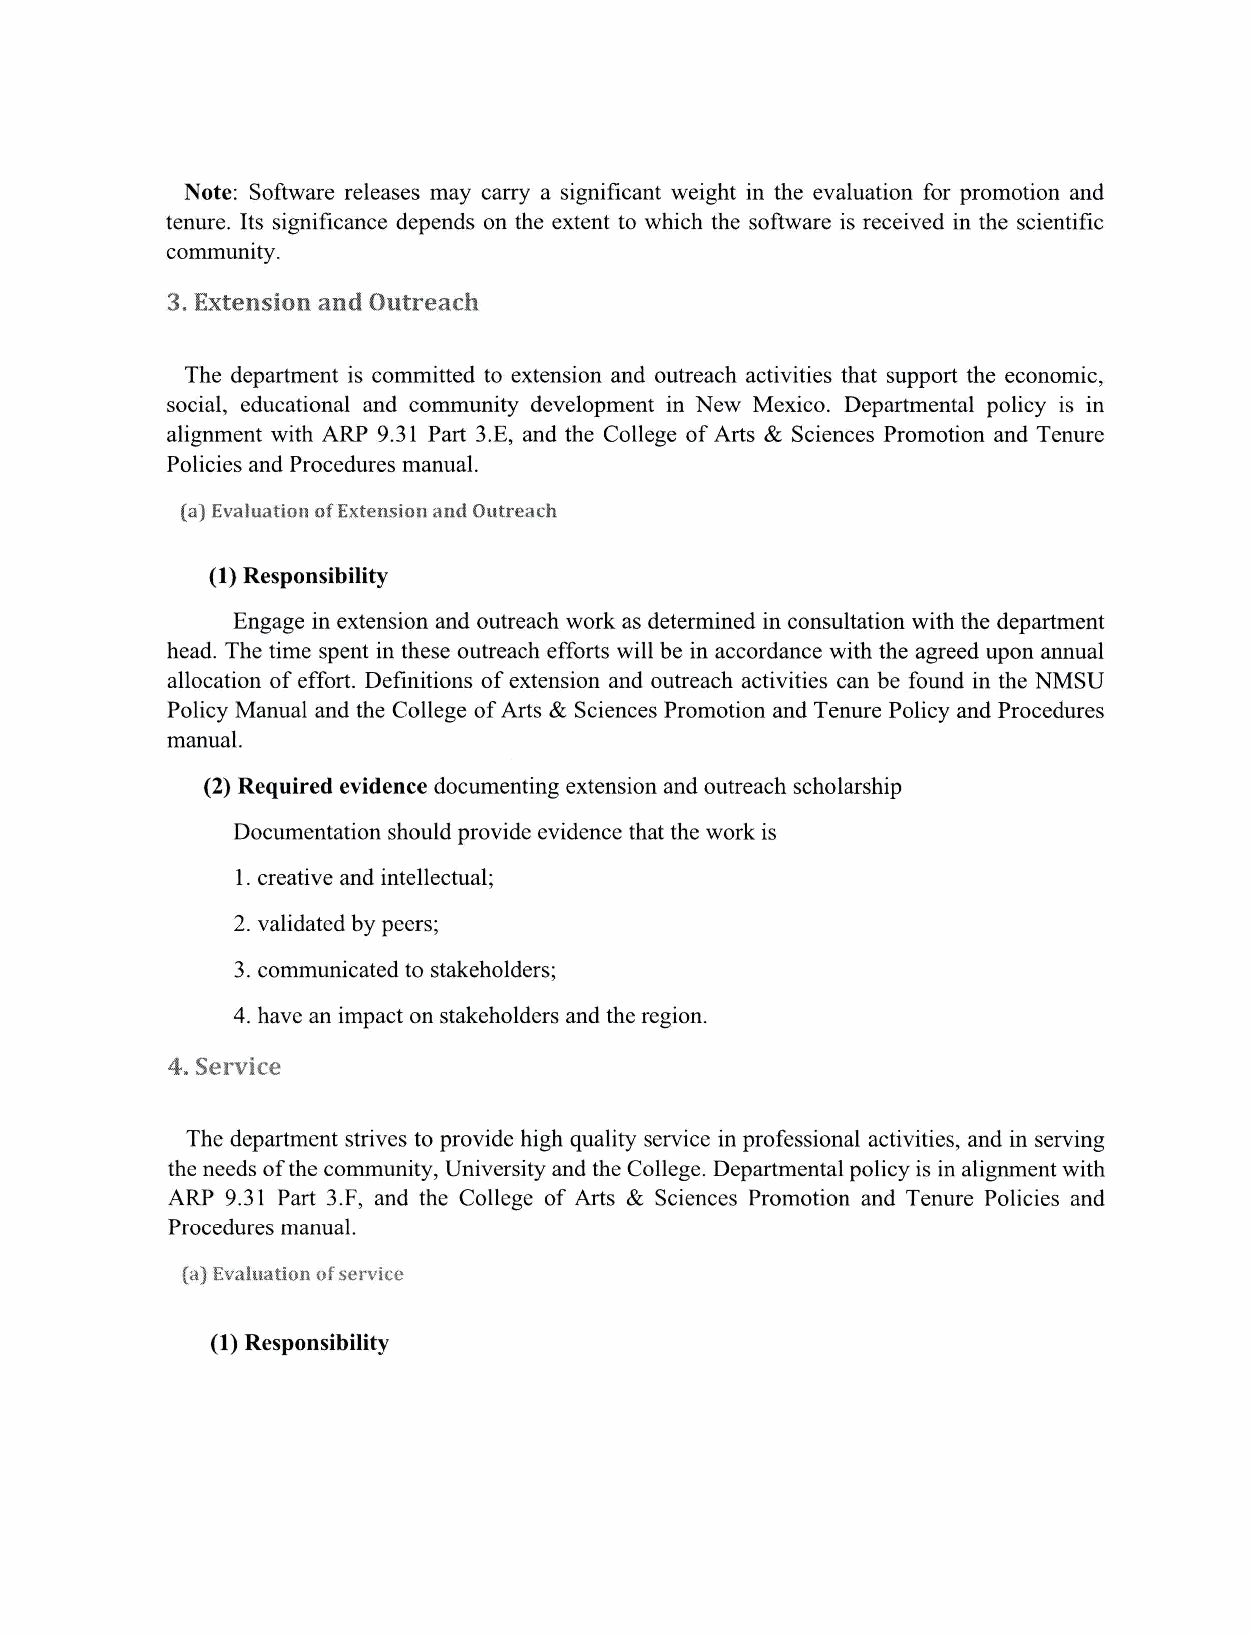
Note: Software releases may carry a significant weight in the evaluation for promotion and
 tenure. Its significance depends on the extent to which the software is received in the scientific
 community.
 3. Extension and Outreach
 The department is committed to extension and outreach activities that support the economic,
 social, educational and community development in New Mexico. Departmental policy is in
 alignment with ARP 9.31 Part 3.E, and the College of Arts & Sciences Promotion and Tenure
 Policies and Procedures manual.
 (a) Evaluation of Extension and Outreach
 (1) Responsibility
 Engage in extension and outreach work as determined in consultation with the department
 head. The time spent in these outreach efforts will be in accordance with the agreed upon annual
 allocation of effort. Definitions of extension and outreach activities can be found in the NMSU
 Policy Manual and the College of Arts & Sciences Promotion and Tenure Policy and Procedures
 manual.
 (2) Required evidence documenting extension and outreach scholarship
 Documentation should provide evidence that the work is
 1. creative and intellectual;
 2. validated by peers;
 3. communicated to stakeholders;
 4. have an impact on stakeholders and the region.
 4. Service
 The department strives to provide high quality service in professional activities, and in serving
 the needs of the community, University and the College. Departmental policy is in alignment with
 ARP 9.31 Part 3.F, and the College of Arts & Sciences Promotion and Tenure Policies and
 Procedures manual.
 (a) Evaluation of service
 (1) Responsibility